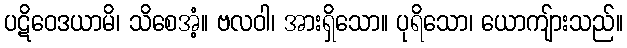
ပဋိဝေဒယာမိ၊ သိစေအံ့။ ဗလဝါ၊ အားရှိသော။ ပုရိသော၊ ယောကျ်ားသည်။